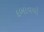
દબાવવો